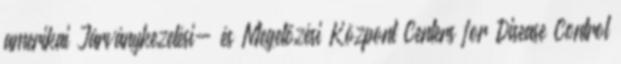
amerikai Járványkezelési- és Megelőzési Központ Centers for Disease Control